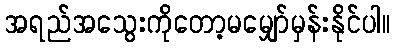
အရည်အသွေးကိုတော့မမျှော်မှန်းနိုင်ပါ။